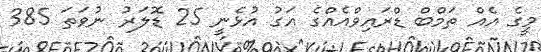
މީގެ އެއް ތަމްބް ޑްރައިވްއެއްގެ އަގު އުޅެނީ 25 ޑޮލަރު ނުވަތަ 385